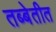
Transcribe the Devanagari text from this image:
तब्बेतीत